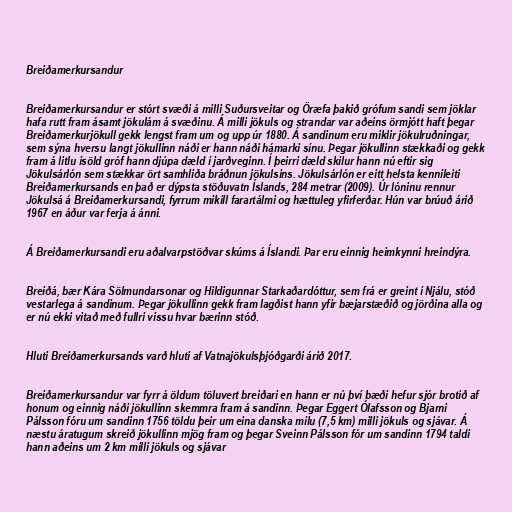
Breiðamerkursandur

Breiðamerkursandur er stórt svæði á milli Suðursveitar og Öræfa þakið grófum sandi sem jöklar
hafa rutt fram ásamt jökulám á svæðinu. Á milli jökuls og strandar var aðeins örmjótt haft þegar
Breiðamerkurjökull gekk lengst fram um og upp úr 1880. Á sandinum eru miklir jökulruðningar,
sem sýna hversu langt jökullinn náði er hann náði hámarki sínu. Þegar jökullinn stækkaði og gekk
fram á litlu ísöld gróf hann djúpa dæld í jarðveginn. Í þeirri dæld skilur hann nú eftir sig
Jökulsárlón sem stækkar ört samhliða bráðnun jökulsins. Jökulsárlón er eitt helsta kennileiti
Breiðamerkursands en það er dýpsta stöðuvatn Íslands, 284 metrar (2009). Úr lóninu rennur
Jökulsá á Breiðamerkursandi, fyrrum mikill farartálmi og hættuleg yfirferðar. Hún var brúuð árið
1967 en áður var ferja á ánni.

Á Breiðamerkursandi eru aðalvarpstöðvar skúms á Íslandi. Þar eru einnig heimkynni hreindýra.

Breiðá, bær Kára Sölmundarsonar og Hildigunnar Starkaðardóttur, sem frá er greint í Njálu, stóð
vestarlega á sandinum. Þegar jökullinn gekk fram lagðist hann yfir bæjarstæðið og jörðina alla og
er nú ekki vitað með fullri vissu hvar bærinn stóð.

Hluti Breiðamerkursands varð hluti af Vatnajökulsþjóðgarði árið 2017.

Breiðamerkursandur var fyrr á öldum töluvert breiðari en hann er nú því bæði hefur sjór brotið af
honum og einnig náði jökullinn skemmra fram á sandinn. Þegar Eggert Ólafsson og Bjarni
Pálsson fóru um sandinn 1756 töldu þeir um eina danska mílu (7,5 km) milli jökuls og sjávar. Á
næstu áratugum skreið jökullinn mjög fram og þegar Sveinn Pálsson fór um sandinn 1794 taldi
hann aðeins um 2 km milli jökuls og sjávar